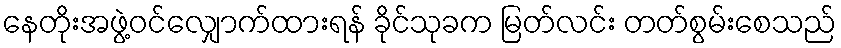
နေတိုးအဖွဲ့ဝင်လျှောက်ထားရန် ခိုင်သုခက မြတ်လင်း တတ်စွမ်းစေသည်